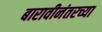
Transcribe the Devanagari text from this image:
बारावीनंतरच्या